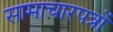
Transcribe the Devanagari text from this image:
सामाचारपत्रों